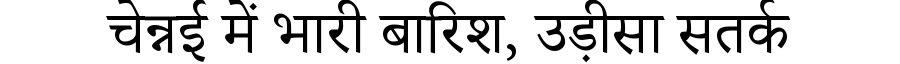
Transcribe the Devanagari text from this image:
चेन्नई में भारी बारिश, उड़ीसा सतर्क